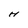
Character: H